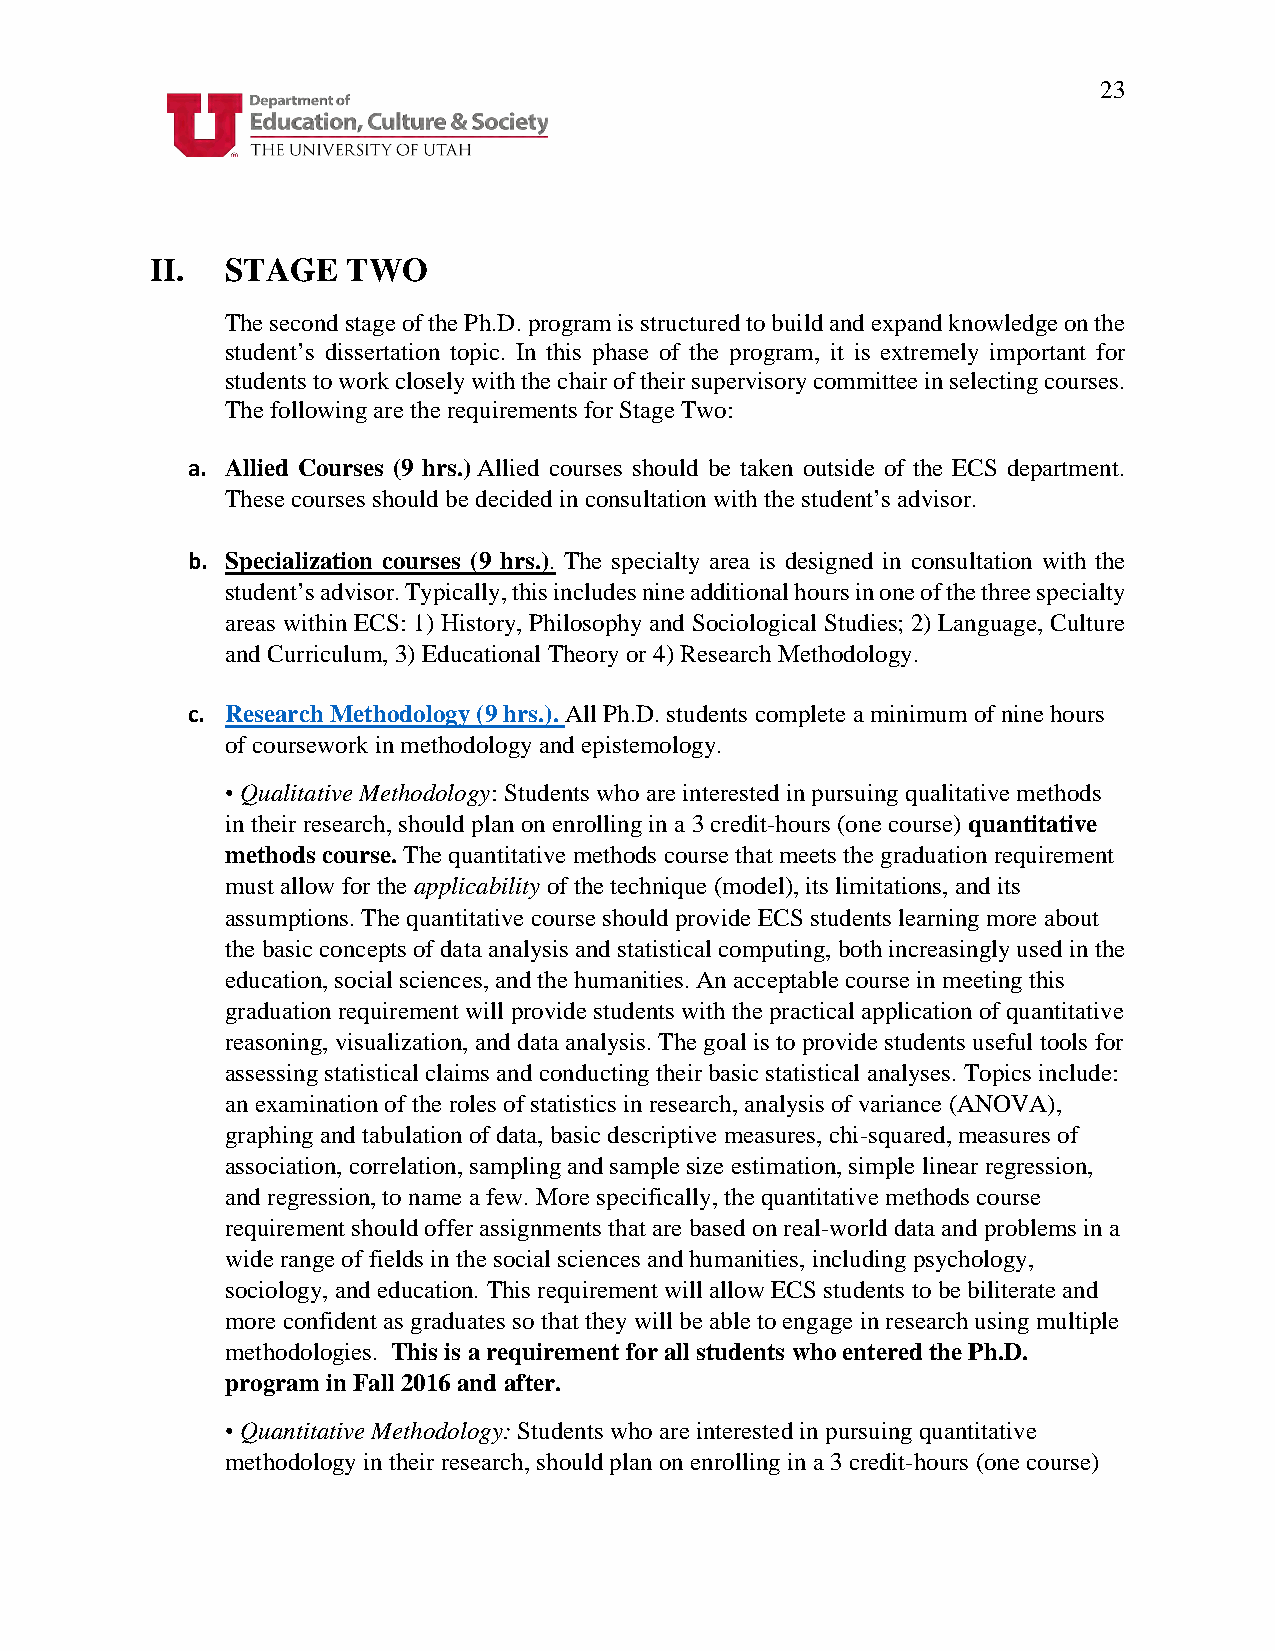
23
 II.  STAGE   TWO
 The second stage of the Ph.D. program is structured to build and expand knowledge on the
 student’s dissertation topic. In this phase of the program, it is extremely important for
 students to work closely with the chair of their supervisory committee in selecting courses.
 The following are the requirements for Stage Two:
 a. Allied Courses (9 hrs.) Allied courses should be taken outside of the ECS department.
 These courses should be decided in consultation with the student’s advisor.
 b. Specialization courses (9 hrs.). The specialty area is designed in consultation with the
 student’s advisor. Typically, this includes nine additional hours in one of the three specialty
 areas within ECS: 1) History, Philosophy and Sociological Studies; 2) Language, Culture
 and Curriculum, 3) Educational Theory or 4) Research Methodology.
 c. Research Methodology (9 hrs.). All Ph.D. students complete a minimum of nine hours
 of coursework in methodology and epistemology.
 • Qualitative Methodology: Students who are interested in pursuing qualitative methods
 in their research, should plan on enrolling in a 3 credit-hours (one course) quantitative
 methods course. The quantitative methods course that meets the graduation requirement
 must allow for the applicability of the technique (model), its limitations, and its
 assumptions. The quantitative course should provide ECS students learning more about
 the basic concepts of data analysis and statistical computing, both increasingly used in the
 education, social sciences, and the humanities. An acceptable course in meeting this
 graduation requirement will provide students with the practical application of quantitative
 reasoning, visualization, and data analysis. The goal is to provide students useful tools for
 assessing statistical claims and conducting their basic statistical analyses. Topics include:
 an examination of the roles of statistics in research, analysis of variance (ANOVA),
 graphing and tabulation of data, basic descriptive measures, chi-squared, measures of
 association, correlation, sampling and sample size estimation, simple linear regression,
 and regression, to name a few. More specifically, the quantitative methods course
 requirement should offer assignments that are based on real-world data and problems in a
 wide range of fields in the social sciences and humanities, including psychology,
 sociology, and education. This requirement will allow ECS students to be biliterate and
 more confident as graduates so that they will be able to engage in research using multiple
 methodologies. This is a requirement for all students who entered the Ph.D.
 program in Fall 2016 and after.
 • Quantitative Methodology: Students who are interested in pursuing quantitative
 methodology in their research, should plan on enrolling in a 3 credit-hours (one course)